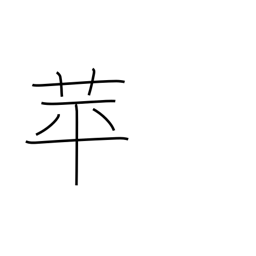
Meaning: duckweed